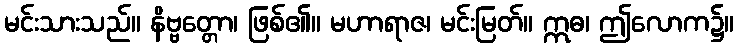
မင်းသားသည်။ နိဗ္ဗတ္တော၊ ဖြစ်၏။ မဟာရာဇ၊ မင်းမြတ်။ ဣဓ၊ ဤလောက၌။